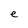
Character: e